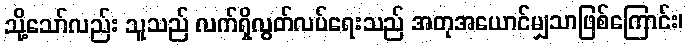
သို့သော်လည်း သူသည် လက်ရှိလွတ်လပ်ရေးသည် အတုအယောင်မျှသာဖြစ်ကြောင်း၊